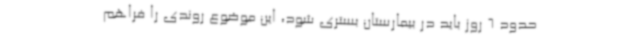
حدود 6 روز باید در بیمارستان بستری شود، این موضوع روندی را فراهم